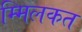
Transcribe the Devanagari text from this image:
म्मिलकत